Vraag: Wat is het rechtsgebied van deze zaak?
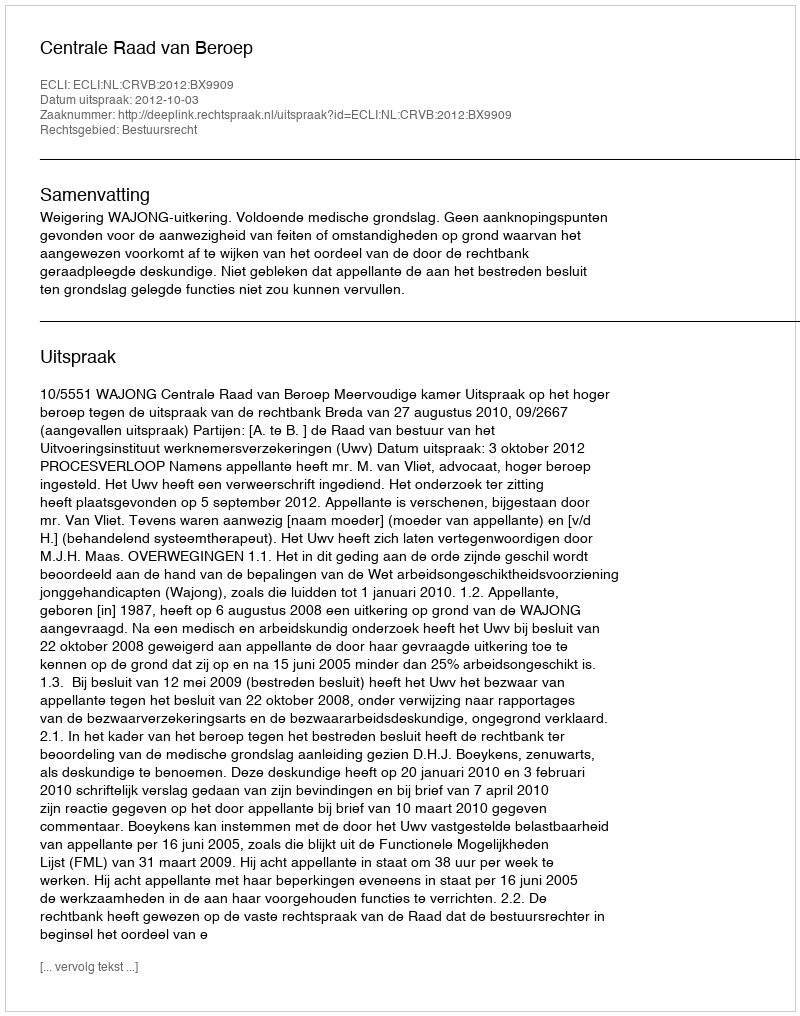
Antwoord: Bestuursrecht